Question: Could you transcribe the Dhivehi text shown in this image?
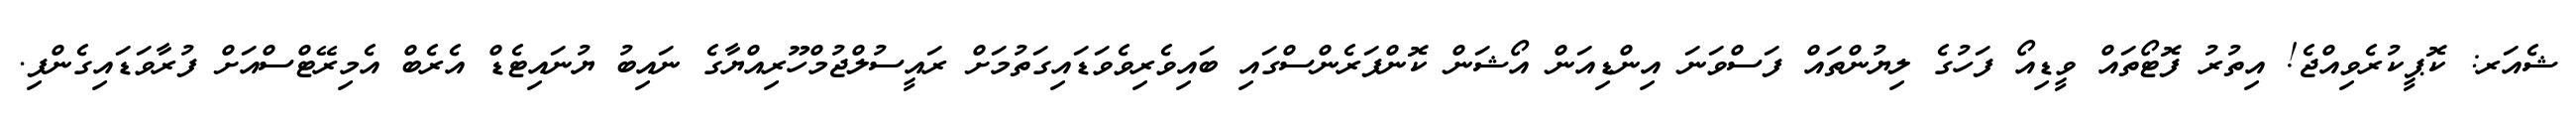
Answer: ޝެއަރ: ކޮޕީކުރެވިއްޖެ! އިތުރު ފޮޓޯތައް ވީޑިއޯ ފަހުގެ ލިޔުންތައް ފަސްވަނަ އިންޑިއަން އޯޝަން ކޮންފަރެންސްގައި ބައިވެރިވެވަޑައިގަތުމަށް ރައީސުލްޖުމްހޫރިއްޔާގެ ނައިބު ޔުނައިޓެޑް އެރެބް އެމިރޭޓްސްއަށް ފުރާވަޑައިގެންފި.